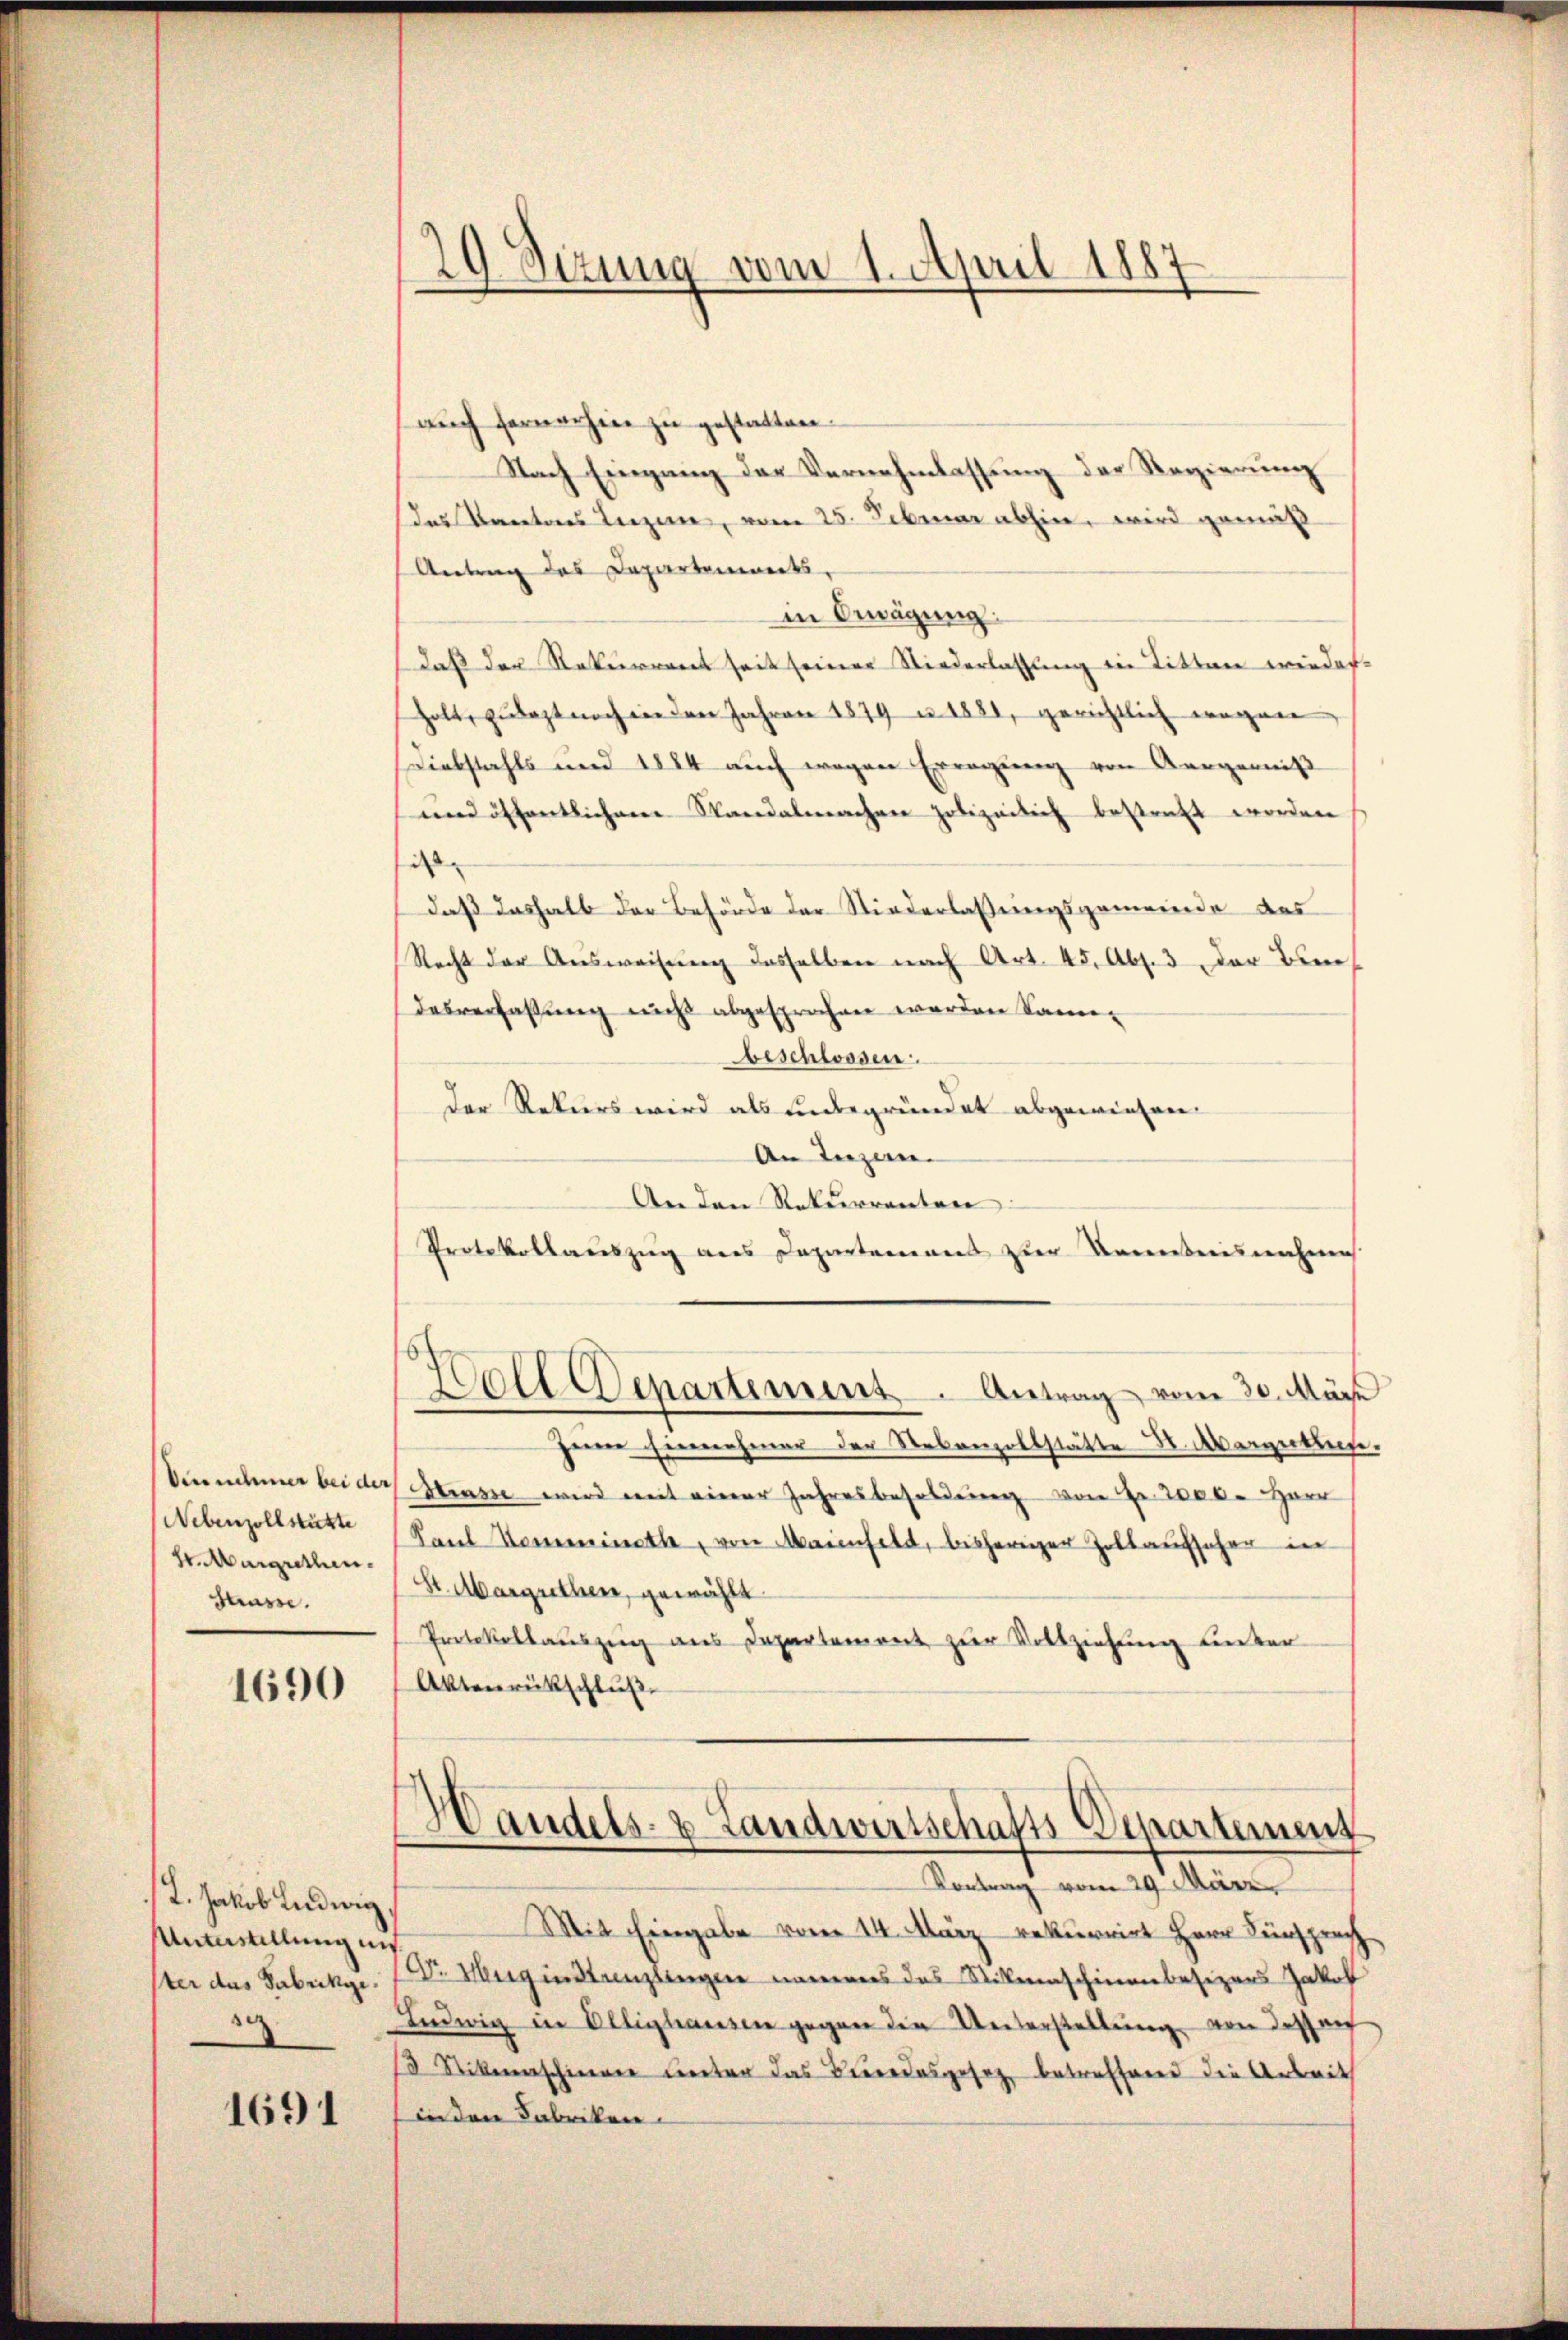
dinnehmer bei der
Nebenzollstätte
S. Margrethen.
Strasse.

1690

T. Jakob Ludwig
Unterstellung in
ster das Fabrikge
9

1691

29. Sizung vom 1. April 1887

auch fernerhin zu gestatten.
Nach Eingang der Vernehmlassung der Regierung
Das Vereiteres Luzern, vom 23. Februar abhin, wird gemäß
Antrag des Departenwerts,
in Gemägung
daß den Rekurreres seit seiner Niederlassung die Titten wieder-
holt, zulezt noch in den Jahren 1879 u. 1881, gerichtlich wegen
Diebstahls und 1884 auch wegen Erregung von Aergerniß
und öffentlichen Standalmachen polizeilich bestraft worden
i
daß deshalb der Behörde der Niederlaßungsgemeinde des
Recht der Ausweisung desselben nach Art. 45, Abs. 3 der Ben
desverfassung nicht abgesprochen werden Same-
beschlossen.
Der Rekurs wird als unbegründet abgewiesen.
An Liezen
An den Rekurrenten:
Protokollauszug aus Departarierens zur Kenntnisnahme
Hall Departement. Antrag vom 30. März
seine Einnehmer der Nebenzollstätte I. ergebleite
Hrasse wird mit einer Jahresbesoldung von Fr. 2000. Herr
Paul Hemmineth, von Maienfeld, bisheriger Zollaufscher in
St. Margrethen, gewählt.
Protokollaŭszŭg ans Departement zur Vollziehung unter
Aktenrückschluß
Handels- & Landwirtschafts-Departement
Vortrag vom 29. März
Mit Eingabe vom 14. März rekurrirt Herr Sensprach
Dr. Merg in Strenzlingen namens das Stillenschinenbesizers Jakob
Ludwig in Öllighausen gegen die Unterstellŭng von dessen
8 Stickenaschiener unter das Beredesgesetz betreffend die Arbeit
in der Fabriken